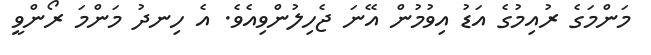
މަންމަގެ ރުއިމުގެ އަޑު އިވުމުން އޭނަ ޖެހިލުންވިއެވެ. އެ ހިނދު މަންމަ ރޯންވީ